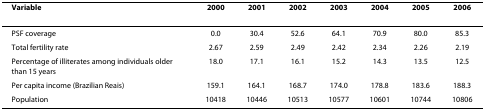
<table><thead><tr><td><b>Variable</b></td><td><b>2000</b></td><td><b>2001</b></td><td><b>2002</b></td><td><b>2003</b></td><td><b>2004</b></td><td><b>2005</b></td><td><b>2006</b></td></tr></thead><tbody><tr><td>PSF coverage</td><td>0.0</td><td>30.4</td><td>52.6</td><td>64.1</td><td>70.9</td><td>80.0</td><td>85.3</td></tr><tr><td>Total fertility rate</td><td>2.67</td><td>2.59</td><td>2.49</td><td>2.42</td><td>2.34</td><td>2.26</td><td>2.19</td></tr><tr><td>Percentage of illiterates among individuals older than 15 years</td><td>18.0</td><td>17.1</td><td>16.1</td><td>15.2</td><td>14.3</td><td>13.5</td><td>12.5</td></tr><tr><td>Per capita income (Brazilian Reais)</td><td>159.1</td><td>164.1</td><td>168.7</td><td>174.0</td><td>178.8</td><td>183.6</td><td>188.3</td></tr><tr><td>Population</td><td>10418</td><td>10446</td><td>10513</td><td>10577</td><td>10601</td><td>10744</td><td>10806</td></tr></tbody></table>